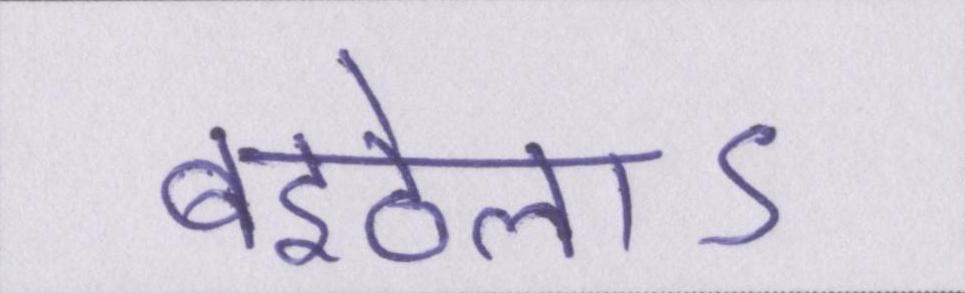
बइठेलाऽ